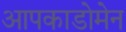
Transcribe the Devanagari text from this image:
आपकाडोमेन